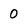
Character: 0